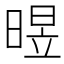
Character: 𣈫